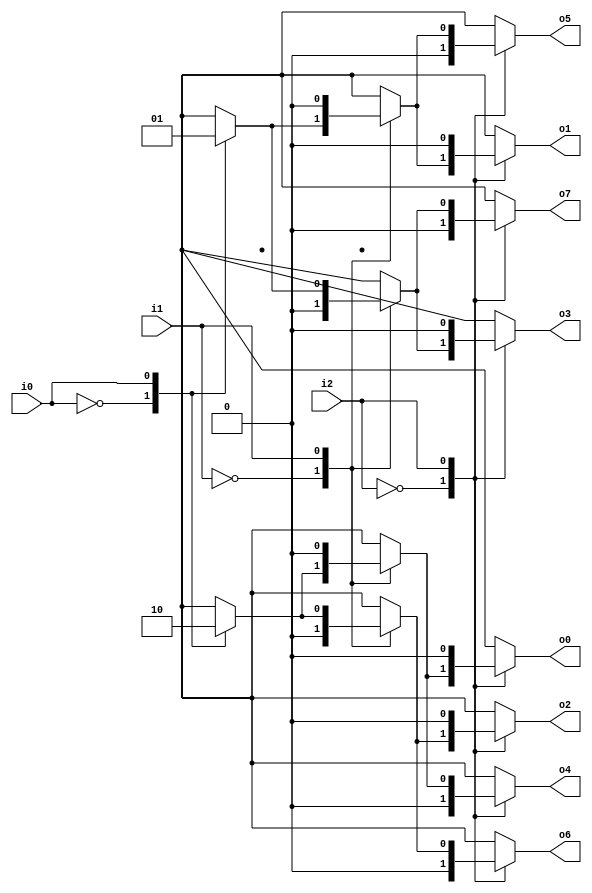
`timescale 1ns / 1ps
//////////////////////////////////////////////////////////////////////////////////
// Company: 
// Engineer: 
// 
// Design Name: 
// Module Name:    DECODER 
// Project Name: 
// Target Devices: 
// Tool versions: 
// Description: 
//
// Dependencies: 
//
// Revision: 
// Revision 0.01 - File Created
// Additional Comments: 
//
//////////////////////////////////////////////////////////////////////////////////
/*
module DECODER(
    input [2:0] in,
    output reg [7:0] out
    );

//input [2:0] in;
//output [7:0] out;
//reg [7:0] out;

assign out[0] = !in[2] && !in[1] && !in[0];
assign out[1] = !in[2] && !in[1] &&  in[0];
assign out[2] = !in[2] &&  in[1] && !in[0];
assign out[3] = !in[2] &&  in[1] &&  in[0];
assign out[4] =  in[2] && !in[1] && !in[0];
assign out[5] =  in[2] && !in[1] &&  in[0];
assign out[6] =  in[2] &&  in[1] && !in[0];
assign out[7] =  in[2] &&  in[1] &&  in[0];

always@ (in)
begin
	case(in)
		0: out = 8'b00000001;
		1: out = 8'b00000010;
		2: out = 8'b00000100;
		3: out = 8'b00001000;
		4: out = 8'b00010000;
		5: out = 8'b00100000;
		6: out = 8'b01000000;
		7: out = 8'b10000000;
	endcase
end

endmodule
*/

module DECODER(
    input i0, i1, i2,
    output reg o0, o1, o2, o3, o4, o5, o6, o7
    );

always@ (i0, i1, i2)
begin
	/*case()
		0: begin o7=0; o6=0; o5=0; o4=0; o3=0; o2=0; o1=0; o0=1; end
		1: begin o7=0; o6=0; o5=0; o4=0; o3=0; o2=0; o1=1; o0=0; end
		2: begin o7=0; o6=0; o5=0; o4=0; o3=0; o2=1; o1=0; o0=0; end
		3: begin o7=0; o6=0; o5=0; o4=0; o3=1; o2=0; o1=0; o0=0; end
		4: begin o7=0; o6=0; o5=0; o4=1; o3=0; o2=0; o1=0; o0=0; end
		5: begin o7=0; o6=0; o5=1; o4=0; o3=0; o2=0; o1=0; o0=0; end
		6: begin o7=0; o6=1; o5=0; o4=0; o3=0; o2=0; o1=0; o0=0; end
		7: begin o7=1; o6=0; o5=0; o4=0; o3=0; o2=0; o1=0; o0=0; end
	endcase*/
	
	case(i2)
		0: case(i1)
			0: case(i0)
				0: begin o7=0; o6=0; o5=0; o4=0; o3=0; o2=0; o1=0; o0=1; end
				1: begin o7=0; o6=0; o5=0; o4=0; o3=0; o2=0; o1=1; o0=0; end
			endcase
			1: case(i0)
				0: begin o7=0; o6=0; o5=0; o4=0; o3=0; o2=1; o1=0; o0=0; end
				1: begin o7=0; o6=0; o5=0; o4=0; o3=1; o2=0; o1=0; o0=0; end
			endcase
		endcase
		1: case(i1)
			0: case(i0)
				0: begin o7=0; o6=0; o5=0; o4=1; o3=0; o2=0; o1=0; o0=0; end
				1: begin o7=0; o6=0; o5=1; o4=0; o3=0; o2=0; o1=0; o0=0; end
			endcase
			1: case(i0)
				0: begin o7=0; o6=1; o5=0; o4=0; o3=0; o2=0; o1=0; o0=0; end
				1: begin o7=1; o6=0; o5=0; o4=0; o3=0; o2=0; o1=0; o0=0; end
			endcase
		endcase
	endcase
	
end

endmodule